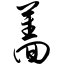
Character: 蔷